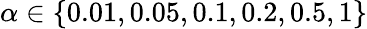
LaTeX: \alpha\in\left\{ 0.01,0.05,0.1,0.2,0.5,1\right\}